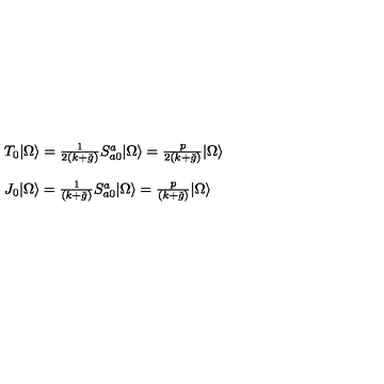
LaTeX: \begin{array} { l } { T _ { 0 } | \Omega \rangle = \frac { 1 } { 2 ( k + \check { g } ) } S _ { a 0 } ^ { a } | \Omega \rangle = \frac { p } { 2 ( k + \check { g } ) } | \Omega \rangle } \\ { \ } \\ { J _ { 0 } | \Omega \rangle = \frac { 1 } { ( k + \check { g } ) } S _ { a 0 } ^ { a } | \Omega \rangle = \frac { p } { ( k + \check { g } ) } | \Omega \rangle } \\ \end{array}